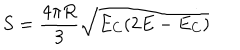
S = \frac { 4 \pi R } { 3 } \sqrt { E _ { C } ( 2 E - E _ { C } ) }